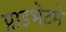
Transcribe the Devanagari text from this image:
प्राइभेटमे